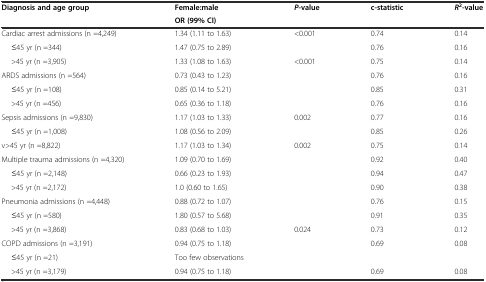
<table><thead><tr><td rowspan="2"><b>Diagnosis and age group</b></td><td><b>Female:male</b></td><td rowspan="2"><b><i>P</i>-value</b></td><td rowspan="2"><b>c-statistic</b></td><td rowspan="2"><b><i>R</i><sup>2</sup>-value</b></td></tr><tr><td><b>OR (99% CI)</b></td></tr></thead><tbody><tr><td>Cardiac arrest admissions (n =4,249)</td><td>1.34 (1.11 to 1.63)</td><td>&lt;0.001</td><td>0.74</td><td>0.14</td></tr><tr><td>≤45 yr (n =344)</td><td>1.47 (0.75 to 2.89)</td><td></td><td>0.76</td><td>0.16</td></tr><tr><td>&gt;45 yr (n =3,905)</td><td>1.33 (1.08 to 1.63)</td><td>&lt;0.001</td><td>0.75</td><td>0.14</td></tr><tr><td>ARDS admissions (n =564)</td><td>0.73 (0.43 to 1.23)</td><td></td><td>0.76</td><td>0.16</td></tr><tr><td>≤45 yr (n =108)</td><td>0.85 (0.14 to 5.21)</td><td></td><td>0.85</td><td>0.31</td></tr><tr><td>&gt;45 yr (n =456)</td><td>0.65 (0.36 to 1.18)</td><td></td><td>0.76</td><td>0.16</td></tr><tr><td>Sepsis admissions (n =9,830)</td><td>1.17 (1.03 to 1.33)</td><td>0.002</td><td>0.77</td><td>0.16</td></tr><tr><td>≤45 yr (n =1,008)</td><td>1.08 (0.56 to 2.09)</td><td></td><td>0.85</td><td>0.26</td></tr><tr><td>v&gt;45 yr (n =8,822)</td><td>1.17 (1.03 to 1.34)</td><td>0.002</td><td>0.75</td><td>0.14</td></tr><tr><td>Multiple trauma admissions (n =4,320)</td><td>1.09 (0.70 to 1.69)</td><td></td><td>0.92</td><td>0.40</td></tr><tr><td>≤45 yr (n =2,148)</td><td>0.66 (0.23 to 1.93)</td><td></td><td>0.94</td><td>0.47</td></tr><tr><td>&gt;45 yr (n =2,172)</td><td>1.0 (0.60 to 1.65)</td><td></td><td>0.90</td><td>0.38</td></tr><tr><td>Pneumonia admissions (n =4,448)</td><td>0.88 (0.72 to 1.07)</td><td></td><td>0.76</td><td>0.15</td></tr><tr><td>≤45 yr (n =580)</td><td>1.80 (0.57 to 5.68)</td><td></td><td>0.91</td><td>0.35</td></tr><tr><td>&gt;45 yr (n =3,868)</td><td>0.83 (0.68 to 1.03)</td><td>0.024</td><td>0.73</td><td>0.12</td></tr><tr><td>COPD admissions (n =3,191)</td><td>0.94 (0.75 to 1.18)</td><td></td><td>0.69</td><td>0.08</td></tr><tr><td>≤45 yr (n =21)</td><td>Too few observations</td><td></td><td></td><td></td></tr><tr><td>&gt;45 yr (n =3,179)</td><td>0.94 (0.75 to 1.18)</td><td></td><td>0.69</td><td>0.08</td></tr></tbody></table>